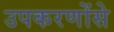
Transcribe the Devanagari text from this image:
उपकरणोंसे